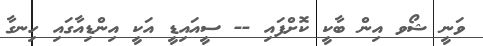
ވަނީ ޝޯވ އިން ބާކީ ކޮށްފައި -- ސީއައިޑީ އަކީ އިންޑިއާގައި ހިނގާ